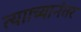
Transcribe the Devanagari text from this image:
त्यााच्यानंतर